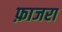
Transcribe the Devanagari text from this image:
फ़ाजरा